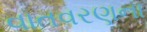
વાતવરણના